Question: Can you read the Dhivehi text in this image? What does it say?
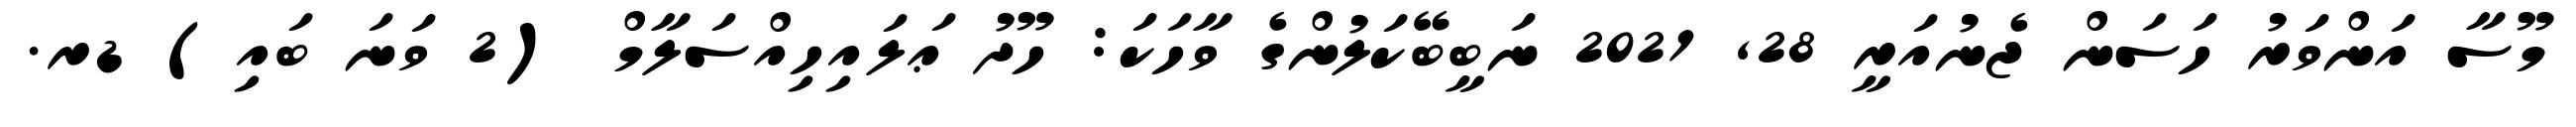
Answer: މޫސާ އަންވަރު ހަސަން ޖެނުއަރީ 28, 2021 ނަބީބޭކަލުންގެ ވާހަކަ: ހޫދު ޢަލައިހިއްސަލާމް (2 ވަނަ ބައި) ޑރ.